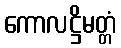
ကောလဋ္ဌိမတ္တံ